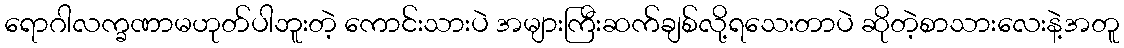
ရောဂါလက္ခဏာမဟုတ်ပါဘူးတဲ့ ကောင်းသားပဲ အများကြီးဆက်ချစ်လို့ရသေးတာပဲ ဆိုတဲ့စာသားလေးနဲ့အတူ